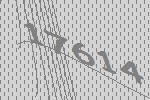
17614